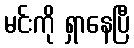
မင်းကို ရှာနေပြီ